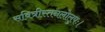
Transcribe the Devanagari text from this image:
सवित्रीस्तनलोलुपः।